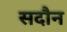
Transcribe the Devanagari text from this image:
सदौन